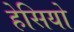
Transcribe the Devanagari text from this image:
हेसियो